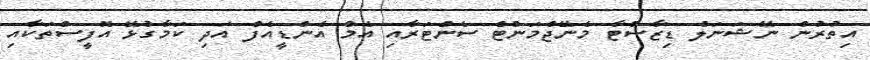
އިތުރުން ނޭޝަނަލް ޑިޒާސްޓާ މެނޭޖްމަންޓް ސެންޓަރާއި އެމް އެންޑީއެފް އަދި ކަމާގުޅޭ އޮފީސްތަކާއި